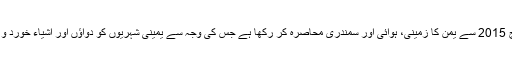
سعودی عرب نے 26 مارچ 2015 سے یمن کا زمینی، ہوائی اور سمندری محاصرہ کر رکھا ہے جس کی وجہ سے یمینی شہریوں کو دواؤں اور اشیاء خورد و نوش کی کمی کا سامنا ہے۔